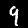
Label: 9